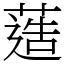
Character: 䔏